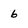
Character: 6